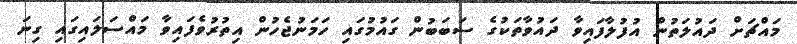
މައްޗަށް ދައުލަތުން އުފުލާފައިވާ ދައުވާތަކުގެ ސަބަބުން ގައުމުގައި ހަމަނުޖެހުން އިތުރުވެފައިވާ މައްސަލައިގައި ގިނަ